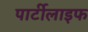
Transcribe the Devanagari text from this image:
पार्टीलाइफ